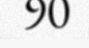
90